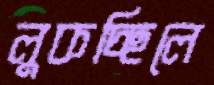
লুকচ্ছিলে